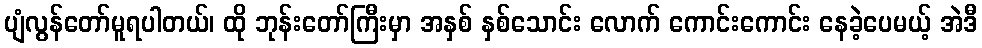
ပျံလွန်တော်မူရပါတယ်၊ ထို ဘုန်းတော်ကြီးမှာ အနှစ် နှစ်သောင်း လောက် ကောင်းကောင်း နေခဲ့ပေမယ့် အဲဒီ